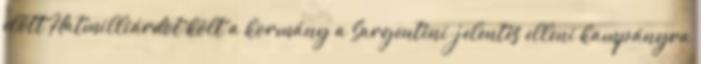
előtt Hatmilliárdot költ a kormány a Sargentini-jelentés elleni kampányra